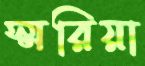
স্মরিয়া